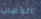
الذهاب